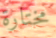
مختارة